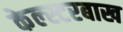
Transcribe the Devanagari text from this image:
केल्स्टरबाख